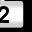
Digit: 2